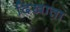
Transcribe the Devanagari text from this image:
दिखाता